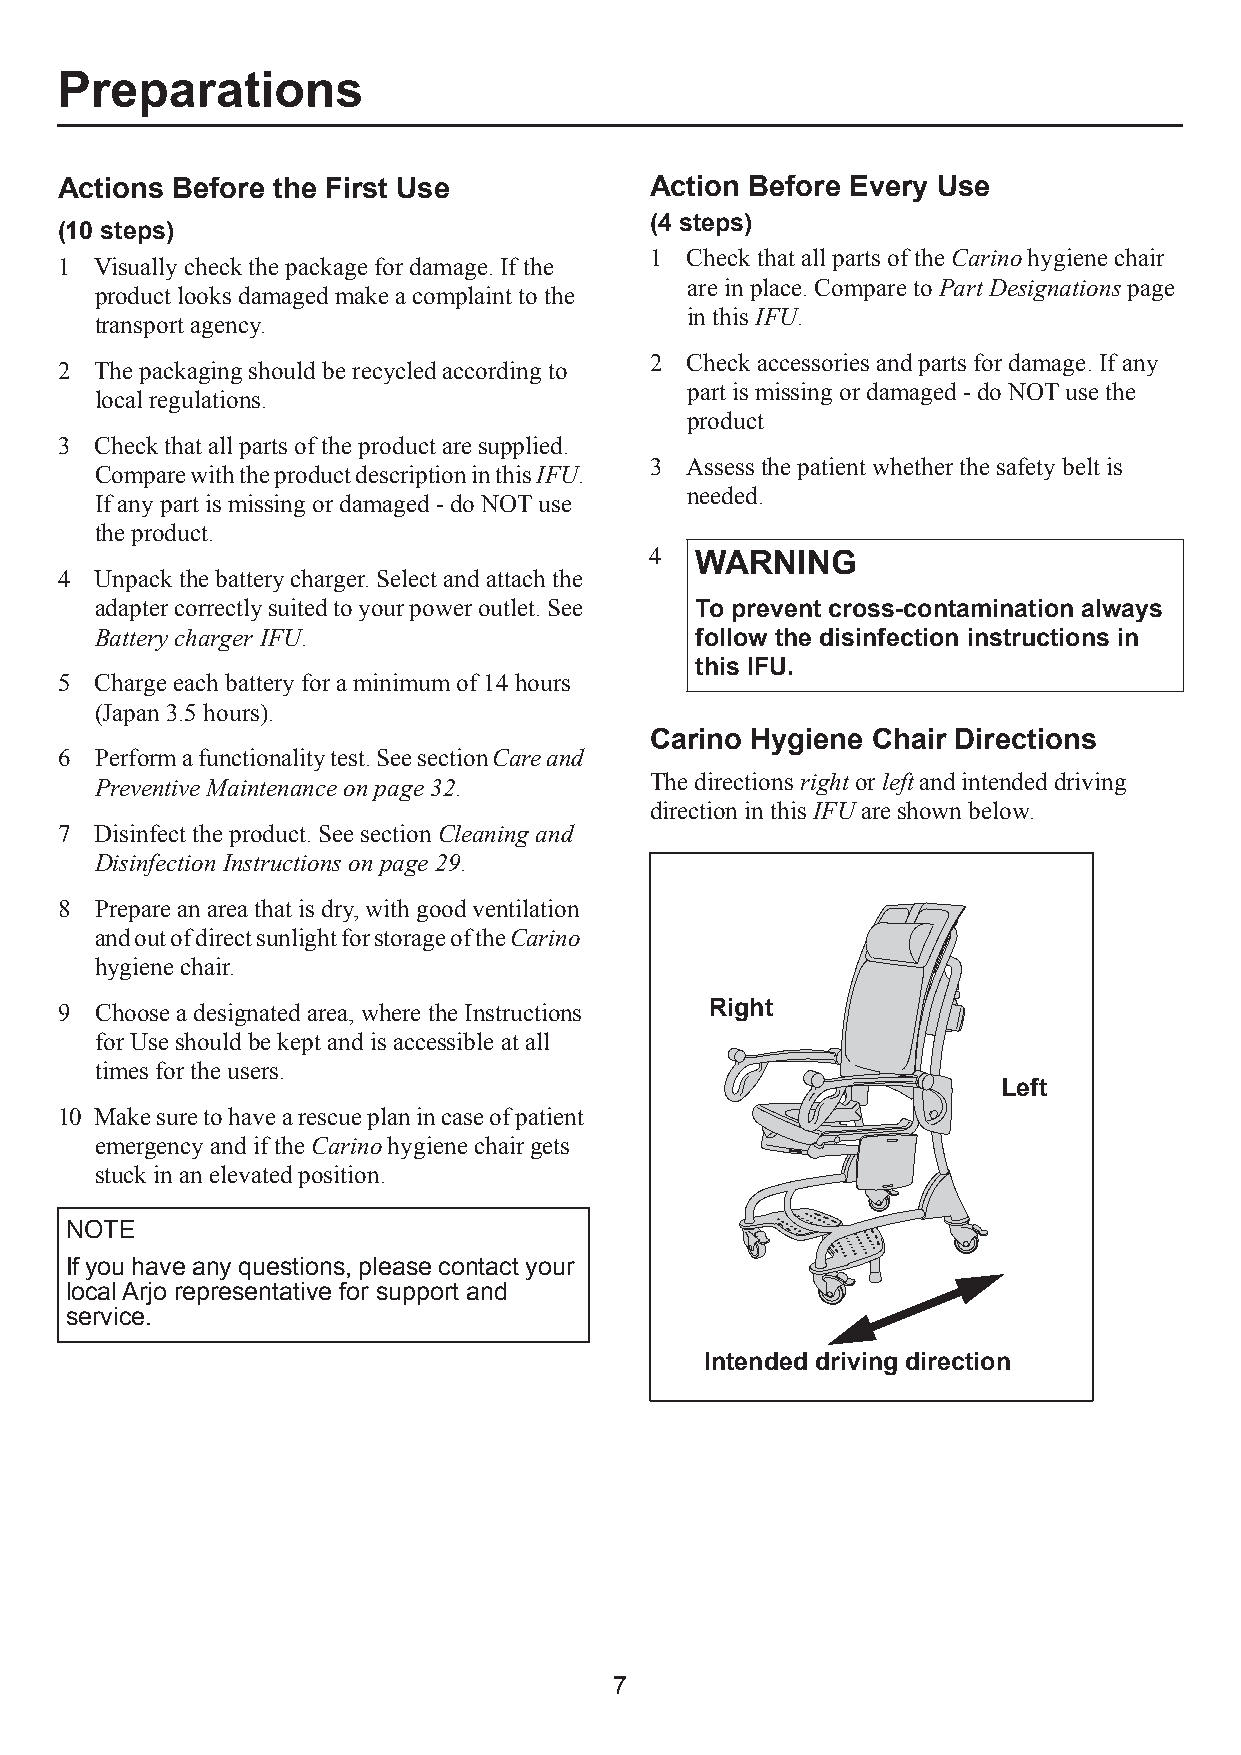
Preparations
 Actions Before the First Use           Action Before Every Use
 (4 steps)
 (10 steps)
 1 Check that all parts of the Carino hygiene chair
 1 Visually check the package for damage. If the
 are in place. Compare to Part Designations page
 product looks damaged make a complaint to the
 in this IFU.
 transport agency.
 2 Check accessories and parts for damage. If any
 2 The packaging should be recycled according to
 part is missing or damaged - do NOT use the
 local regulations.
 product
 3 Check that all parts of the product are supplied.
 3 Assess the patient whether the safety belt is
 Compare with the product description in this IFU.
 needed.
 If any part is missing or damaged - do NOT use
 the product.
 4  WARNING
 4 Unpack the battery charger. Select and attach the
 adapter correctly suited to your power outlet. See To prevent cross-contamination always
 Battery charger IFU.                    follow the disinfection instructions in
 this IFU.
 5 Charge each battery for a minimum of 14 hours
 (Japan 3.5 hours).
 Carino Hygiene Chair Directions
 6 Perform a functionality test. See section Care and
 Preventive Maintenance on page32.    The directions right or left and intended driving
 direction in this IFU are shown below.
 7 Disinfect the product. See section Cleaning and
 Disinfection Instructions on page 29.
 8 Prepare an area that is dry, with good ventilation
 and out of direct sunlight for storage of the Carino
 hygiene chair.
 9 Choose a designated area, where the Instructions Right
 for Use should be kept and is accessible at all
 times for the users.
 Left
 10 Make sure to have a rescue plan in case of patient
 emergency and if the Carino hygiene chair gets
 stuck in an elevated position.
 NOTE
 If you have any questions, please contact your
 local Arjo representative for support and
 service.
 Intended driving direction
 7